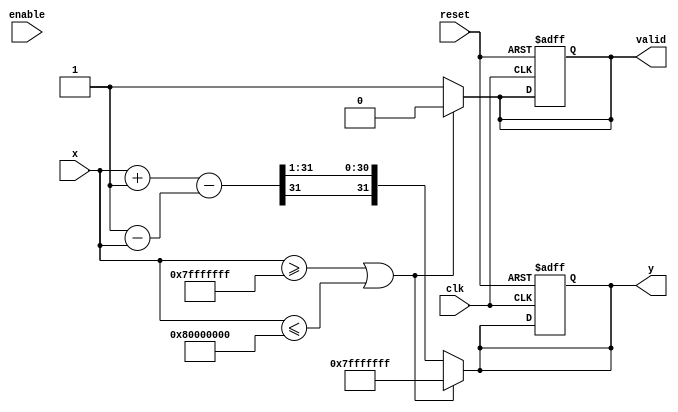
module atanh (
    input wire clk,
    input wire reset,
    input wire enable,
    input wire signed [31:0] x, // Fixed-point input (Q1.31 format, range: -1 to 1)
    output reg signed [31:0] y, // Fixed-point output (Q1.31 format)
    output reg valid            // Output valid signal
);

    // Parameters
    parameter MAX_VAL = 32'h7FFFFFFF; // 1.0 in fixed-point
    parameter MIN_VAL = 32'h80000000; // -1.0 in fixed-point
    parameter NA_VAL = 32'h7FFFFFFF;   // NaN or error output

    // Internal registers
    reg signed [31:0] num, denom; // Intermediate values for calculation
    reg signed [31:0] log_val;     // Logarithm value
    reg signed [31:0] result;      // Final result

    // Combinational logic to compute atanh
    always @(*) begin
        if (x >= MAX_VAL || x <= MIN_VAL) begin
            // Out of range, set output to NaN or error value
            y = NA_VAL;
            valid = 0;
        end else begin
            // Compute atanh(x) = 0.5 * ln((1 + x) / (1 - x))
            // Intermediate calculations
            num = x + 32'h00000001; // 1 + x
            denom = 32'h00000001 - x; // 1 - x
            
            // Approximate ln using a simple series expansion or lookup table
            log_val = simple_log(num) - simple_log(denom); // ln(1+x) - ln(1-x)

            // Final result
            result = log_val >>> 1; // Divide by 2
            y = result;
            valid = 1;
        end
    end

    // Simple logarithm approximation (Placeholder for a real implementation)
    function signed [31:0] simple_log(input signed [31:0] value);
        // Implement a logarithm approximation here (e.g., LUT or polynomial)
        // For now, returning a constant for demonstration purposes.
        // Replace this with a proper log implementation.
        simple_log = value; // Placeholder
    endfunction

    // Sequential logic for output
    always @(posedge clk or posedge reset) begin
        if (reset) begin
            y <= 32'b0;
            valid <= 0;
        end else if (enable) begin
            // Update the output when enabled
            // The output will be updated based on the combinational logic
        end
    end

endmodule